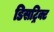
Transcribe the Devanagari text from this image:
डिसट्रिक्ट